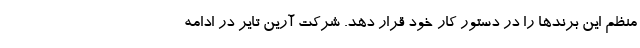
منظم این برندها را در دستور کار خود قرار دهد. شرکت آرین تایر در ادامه